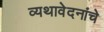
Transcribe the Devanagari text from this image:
व्यथावेदनांचे